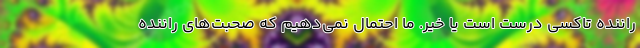
راننده تاکسی درست است یا خیر. ما احتمال نمی‌دهیم که صحبت‌های راننده